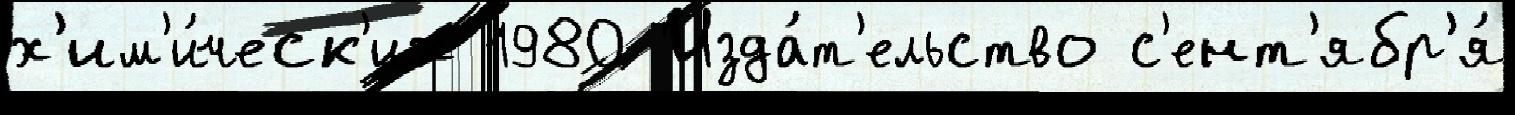
х'им'и́ческ'их 1980 Изда́т'ельство с'ент'ябр'я́